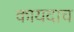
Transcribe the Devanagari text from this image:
कायदाच